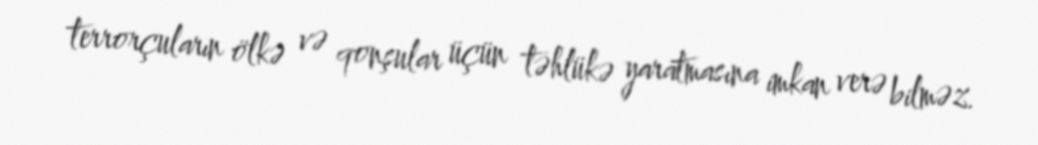
terrorçuların ölkə və qonşular üçün təhlükə yaratmasına imkan verə bilməz.